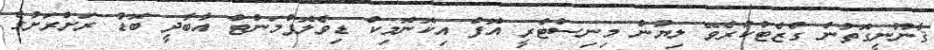
ޤާނޫނީގޮތުން ގެޒެޓްކުރެވޭ ލިޔުން މިނިސްޓްރީ އޮފް އިކޮނޮމިކް ޑިވެލޮޕްމަންޓް އާބާދީ ބޮޑު ރަށްރަށުގެ